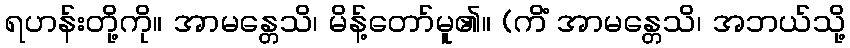
ရဟန်းတို့ကို။ အာမန္တေသိ၊ မိန့်တော်မူ၏။ (ကိံ အာမန္တေသိ၊ အဘယ်သို့